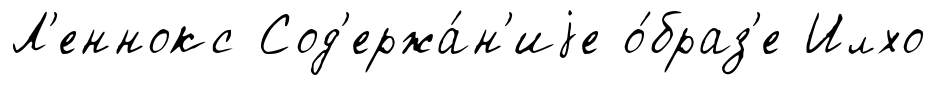
Л'еннокс Сод'ержа́н'иjе о́браз'е Илхо